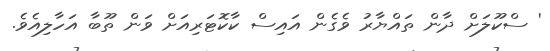
' ސްކޫލަށް ދާން ތައްޔާރު ވެގެން އައިސް ކާކޮޓަރިއަށް ވަން ތޫބާ އަހާލިއެވެ.